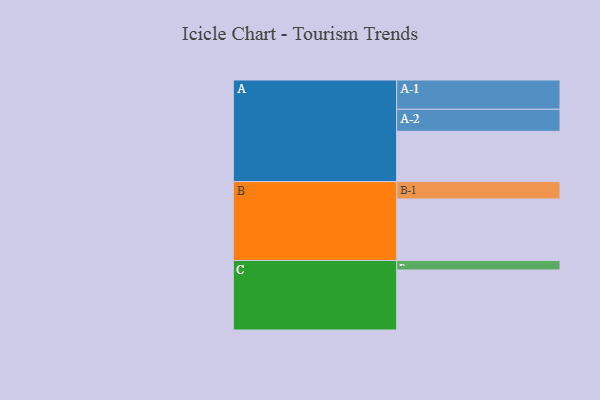
{"axis": {"x": "Segment", "y": "Value"}, "legend": ["", "A", "B", "C"], "data": [{"x": "A", "y": 330, "type": ""}, {"x": "B", "y": 404, "type": ""}, {"x": "C", "y": 394, "type": ""}, {"x": "A-1", "y": 192, "type": "A"}, {"x": "A-2", "y": 145, "type": "A"}, {"x": "B-1", "y": 114, "type": "B"}, {"x": "C-1", "y": 62, "type": "C"}]}